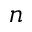
n